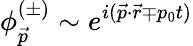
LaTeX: \phi_{\vec{p}}^{(\pm)}\sim e^{i(\vec{p}\cdot\vec{r}\mp p_{0}t)}